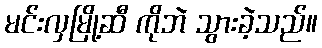
မင်းလှမြို့ဆီ ကိုဘဲ သွားခဲ့သည်။